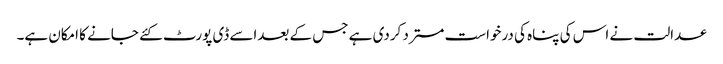
عدالت نے اس کی پناہ کی درخواست مسترد کردی ہے جس کے بعداسے ڈی پورٹ کئے جانے کا امکان ہے۔